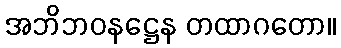
အဘိဘဝနဋ္ဌေန တထာဂတော။